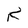
Character: K